Report on horse surra - Volume I
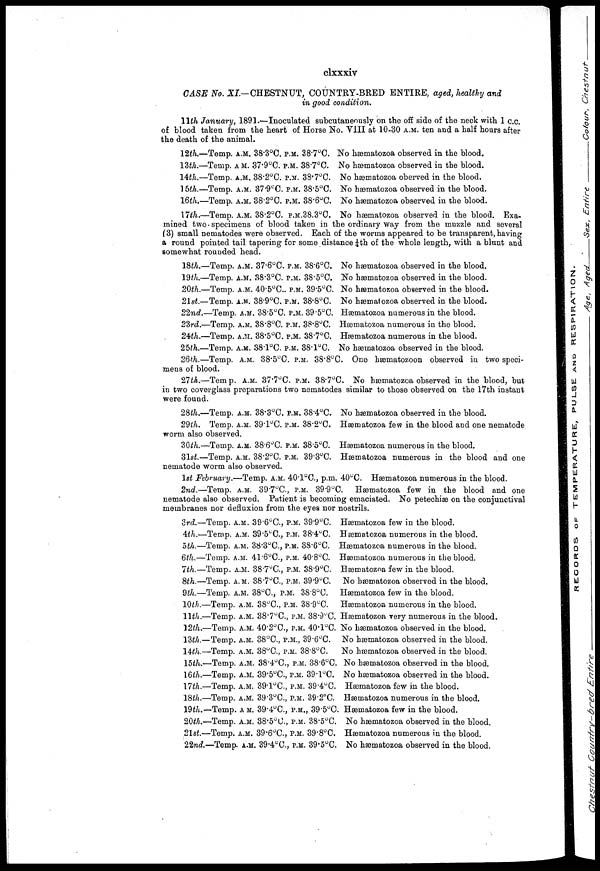
clxxxii
CASE No. XXIII.—CHESTNUT COUNTRY-BRED HORSE.
30th May, 1891...
31st „
1st June
2nd „
3rd „
Temperature
„ „
„ „
„ „
„ „
A.M.
36.6°C.
37.4°C.
36.5°C.
37.3°C.
Temperature
„
„
„
„
P.M.
„
„
„
„
37.4°C.
37.8°C.
37.l°C.
37.5°C.
37.7°C.
Blood healthy.
„ „
„ „
„ „
„ „
4th.—Temp. A.M. 37.5°C.— 11 A.M.—Inoculated on the right side of the neck with
1 cubic centimetre of blood taken from the heart of Horse No. XXI. Temp. P.M.
37.1°C.
5th.—There is a small raised tumor at the seat of inoculation, about the size of a
shilling, which is semi-solid. Temp. A.M. 36.5°C. No hæmatozoa in the blood. Temp.
P.M. 37.4°C
6th.—Temp. A.M. 37°C. No hæmatozoa in the blood. Temp. P.M. 37.2°C.
7th.—The swelling at the seat of inoculation has increased in size and is now 2" × l".
Temp. A.M. 36.7°C. No hæmatozoa in the blood. Temp. P.M. 37.4°C.
8th.—The condition of the animal remains unchanged.
Temp. A.M. 36.7°C. No
hæmatozoa in the blood. Temp. P.M. 37.6°C.
9th.—The swelling at the seat of inoculation has increased in size and now measures
3"× 2". It is tense and tender on manipulation. Temp. A.M. 36.5°C. No hæmatozoa
in the blood. Temp. P.M. 37.4°C.
10th.—The condition of the animal remains unchanged. Temp. A.M. 36.5°C. There
are no hæmatozoa in the blood. Temp. P.M. 37.1°C.
11th.—The condition of the animal remains unchanged. Temp. A.M. 36.7°C. There
are no hæmatozoa in the blood. Temp. P.M. 37.5°C.
12th.—The animal looks well and the appetite is good. The tumour is decidedly
smaller this morning, and has lost much of its tension and tenderness. Temp. A.M. 36.8°C.
Hæmatozoa numerous in the blood. Temp. P.M. 37.8°C.
13th.—Temp. A.M. 40.1°C. Hæmatozoa very numerous in the blood. Temp. P.M.
39.4°C.
14th.—Temp. A.M. 38.9°C. Hæmatozoa very numerous in the blood. Temp. P.M.
38.4°C. There is oedema of the abdominal wall running forward from the sheath to
the ensiform cartilage.
15th.—Temp. A.M. 37.5°C. Hæmatozoa swarming in the blood. Temp. P.M. 39.3°C.
16th.—Temp. A.M. 39.2°C. Hæmatozoa swarming in the blood. Temp. P.M. 39.4°C.
17th.—There was bleeding from the right nostril during the night. Temp. A.M. 38.9°C.
Hæmatozoa absent from the blood. Temp. P.M. 38.3°C.
18th.—The small capillary vessel in the conjunctiva of the left eye has given way;
and the secretion is consequently red in colour. Temp. A.M. 37.4°C. Hæmatozoa absent
from the blood. Temp. P.M. 38.8°C.
19th.—On microscopical examination of the blood numerous refractile bodies are seen
lying in the open spaces between the rouleaux of corpuscles. Temp. A.M. 38.8°C. Hæma-
tozoa absent from the blood. Temp. P.M. 38.9°C.
20th.—Temp. A.M. 38.5°C. Hæmatozoa few in the blood. Temp. P.M. 39°C.
21st.—Temp. A.M. 39.6°C. Hæmatozoa very numerous in the blood. Temp. P.M. 38.4°C.
22nd.—Temp. A.M. 38.6°C. Hæmatozoa swarming in the blood. Temp. P.M. 39.1°C.
23rd.—Temp. A.M. 87.7°C. Hæmatozoa very numerous in the blood. Temp. P.M. 38.5°C
24th.—Temp. A.M. 37.8°C. Hæmatozoa very numerous in the blood. Temp. P.M. 38°C.
25th. —Temp. A.M. 38 .2°C. Hæmatozoa very numerous in the blood. Temp. P.M. 38.4°C.
26th.—There is oedema of the most dependent parts of the abdominal wall much more
marked, triangular in shape. The base of the triangle is situated in front of the sheath,
the apex appearing in front of the chest between the fore-legs. Temp. A.M. 37.3°C.
Hæmatozoa very numerous in the blood. Temp. P.M. 39.4°C.
27th.—Temp. A.M. 36.2°C. Hæmatozoa very numerous in the blood. Temp. P.M. 38.4°C.
28th.—Temp. A.M. 37.7°C. Hæmatozoa very numerous in the blood. Temp. P.M. 38.4°C.
29th.—Temp. A.M. 37.8°C. Hæmatozoa swarming in the blood. Temp. P.M. 37.C°.
30th.—Temp. A.M. 38.4°C. Hæmatozoa very numerous in the blood. Temp.P.M. 37.6°C.